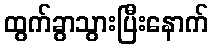
ထွက်ခွာသွားပြီးနောက်